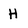
Character: H